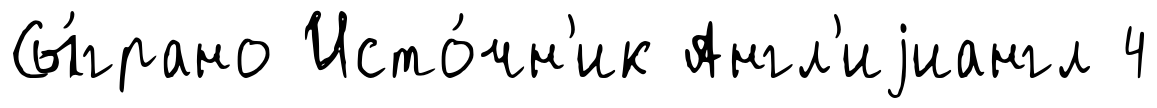
Сы́грано Исто́чн'ик Англ'иjиангл 4